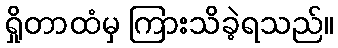
ရှိုတာထံမှ ကြားသိခဲ့ရသည်။